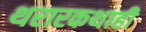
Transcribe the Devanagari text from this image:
थरारकथाही